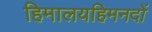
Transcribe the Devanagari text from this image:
हिमालयहिमनदों